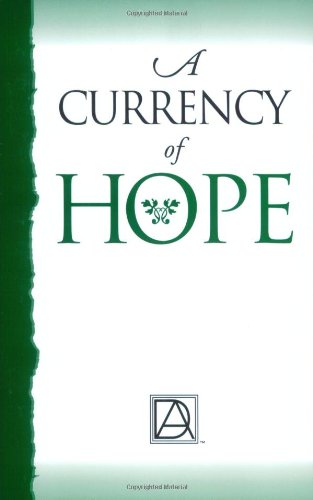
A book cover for A Currency of Hope; Debtors Anonymous; Business & Money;